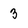
Character: 3